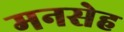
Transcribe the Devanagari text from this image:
मनसेह